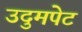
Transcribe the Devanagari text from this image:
उदुमपेट